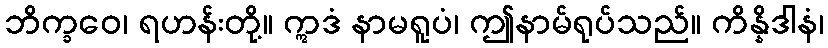
ဘိက္ခဝေ၊ ရဟန်းတို့။ ဣဒံ နာမရူပံ၊ ဤနာမ်ရုပ်သည်။ ကိန္နိဒါနံ၊